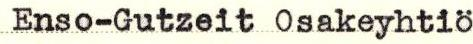
Enso-Gutzeit Osakeyhtiö